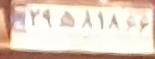
۲۹ه۸۱۸۶۶